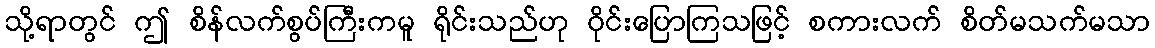
သို့ရာတွင် ဤ စိန်လက်စွပ်ကြီးကမူ ရိုင်းသည်ဟု ဝိုင်းပြောကြသဖြင့် စကားလက် စိတ်မသက်မသာ